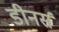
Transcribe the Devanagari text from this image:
डीनर्स